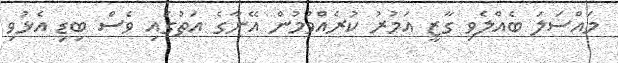
މައްސަލަ ބެއްލެވި ގާޒީ އަމުރު ކުރެއްވުމުން އޭނާގެ އަތުގައި ވެސް ބިޑި އެޅުވި